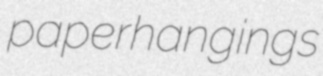
paperhangings